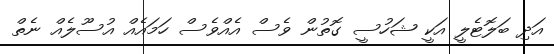
އަދި ބަލޮޓެލީ އަކީ ޝަހުސީ ގޮތުން ވެސް އެއްވެސް ހަމައެއް އުސޫލެއް ނެތް